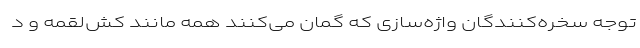
توجه سخره‌کنندگان واژه‌سازی که گمان می‌کنند همه مانند کش‌لقمه و د